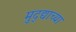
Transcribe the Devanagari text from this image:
मुद्द्याच्‍या